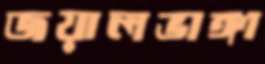
জয়ালভাঙ্গা